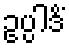
ဥပ္ပါဒိံ